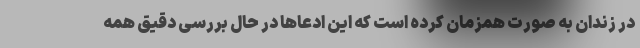
در زندان به صورت همزمان کرده است که این ادعاها در حال بررسی دقیق همه